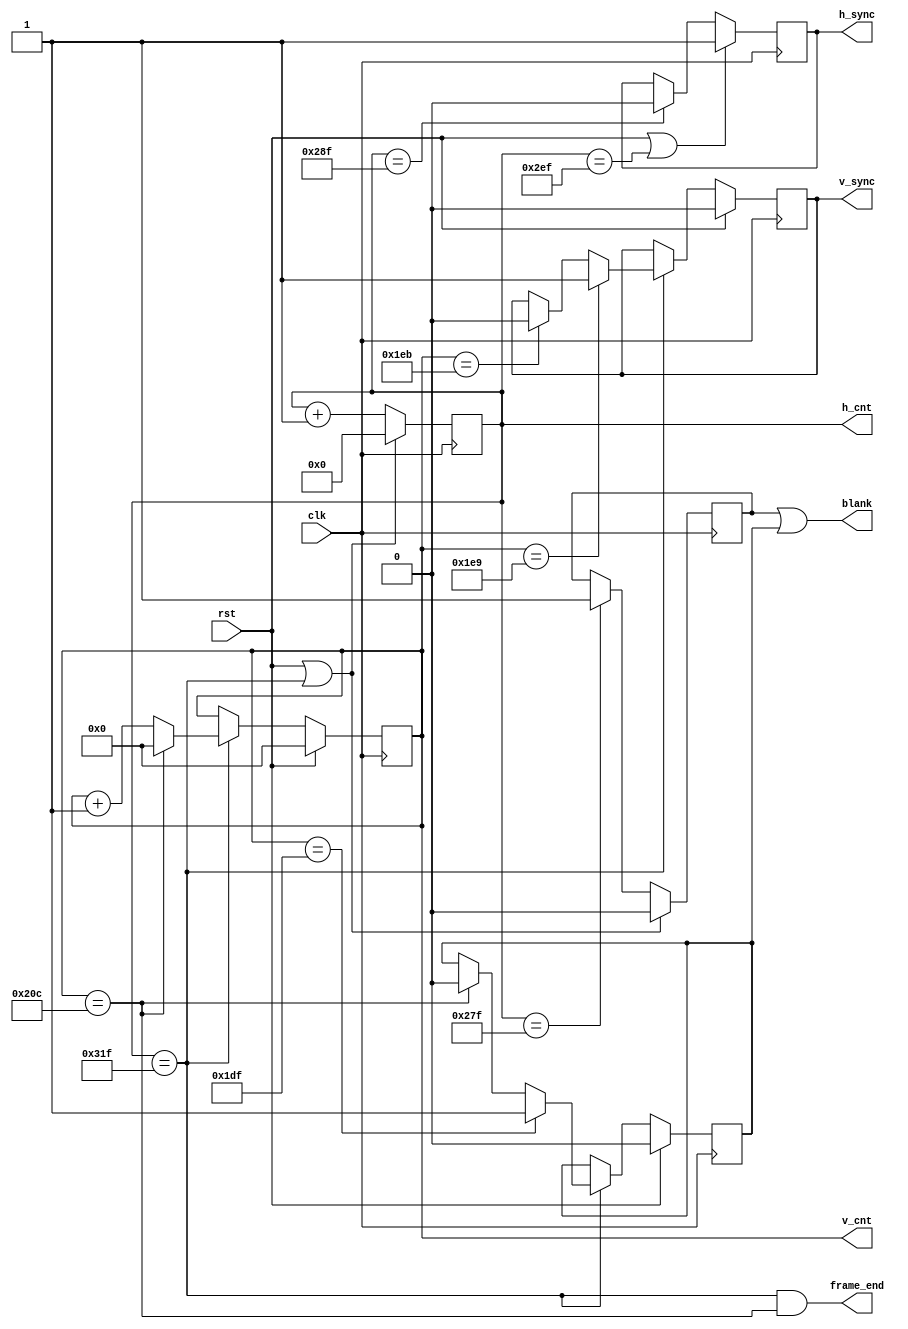
`timescale 1ns / 1ps
`default_nettype none

//******************************************************************************
//* 640 x 480 @ 60 Hz VGA idzts genertor.                                 *
//******************************************************************************
module vga_timing#(
    parameter H_VISIBLE = 640,
    parameter H_FRONT_PORCH = 16,
    parameter H_SYNC_PULSE = 96,
    parameter H_BACK_PORCH = 48,

    parameter V_VISIBLE = 480,
    parameter V_FRONT_PORCH = 10,
    parameter V_SYNC_PULSE = 2,
    parameter V_BACK_PORCH = 33
)
(
   //rajel s reset.
   input  wire        clk,             //Pixel rajel bemenet.
   input  wire        rst,             //Reset bemenet.
   
   //Az aktulis pixel pozci.
   output reg  [10:0] h_cnt = 11'd0,   //X-koordinta.
   output reg  [9:0]  v_cnt = 10'd0,   //Y-koordinta.
   
   //Szinkron s kiolt jelek.
   output reg         h_sync = 1'b1,   //Horizontlis szinkron pulzus.
   output reg         v_sync = 1'b0,   //Vertiklis szinkron pulzus.
   output wire         frame_end,
   output wire        blank            //Kiolt jel.
);

//******************************************************************************
//* Idztsi paramterek.                                                     *
//******************************************************************************
localparam H_BLANK_BEGIN = H_VISIBLE     - 1;
localparam H_SYNC_BEGIN  = H_BLANK_BEGIN + H_FRONT_PORCH;
localparam H_SYNC_END    = H_SYNC_BEGIN  + H_SYNC_PULSE;
localparam H_BLANK_END   = H_SYNC_END    + H_BACK_PORCH;

localparam V_BLANK_BEGIN = V_VISIBLE     - 1;
localparam V_SYNC_BEGIN  = V_BLANK_BEGIN + V_FRONT_PORCH;
localparam V_SYNC_END    = V_SYNC_BEGIN  + V_SYNC_PULSE;
localparam V_BLANK_END   = V_SYNC_END    + V_BACK_PORCH;


//******************************************************************************
//* A horizontlis s vertiklis szmllk.                                    *
//******************************************************************************
always @(posedge clk)
begin
   if (rst || (h_cnt == H_BLANK_END))
      h_cnt <= 12'd0;
   else
      h_cnt <= h_cnt + 12'd1;
end

always @(posedge clk)
begin
   if (rst)
      v_cnt <= 11'd0;
   else
      if (h_cnt == H_BLANK_END)
         if (v_cnt == V_BLANK_END)
            v_cnt <= 11'd0;
         else
            v_cnt <= v_cnt + 11'd1;
end


//******************************************************************************
//* A szinkron pulzusok generlsa.                                            *
//******************************************************************************
always @(posedge clk)
begin
   if (rst || (h_cnt == H_SYNC_END))
      h_sync <= 1'b1;
   else
      if (h_cnt == H_SYNC_BEGIN)
         h_sync <= 1'b0;
end

always @(posedge clk)
begin
   if (rst)
      v_sync <= 1'b0;
   else
      if (h_cnt == H_BLANK_END)
         if (v_cnt == V_SYNC_BEGIN)
            v_sync <= 1'b1;
         else
            if (v_cnt == V_SYNC_END)
               v_sync <= 1'b0;
end


//******************************************************************************
//* A kiolt jel ellltsa.                                                  *
//******************************************************************************
reg h_blank = 1'b0;
reg v_blank = 1'b0;

always @(posedge clk)
begin
   if (rst || (h_cnt == H_BLANK_END))
      h_blank <= 1'b0;
   else
      if (h_cnt == H_BLANK_BEGIN)
         h_blank <= 1'b1;
end

always @(posedge clk)
begin
   if (rst)
      v_blank <= 1'b0;
   else
       if (h_cnt == H_BLANK_END) begin
            if (v_cnt == V_BLANK_BEGIN)
                v_blank <= 1'b1;
            else
                if (v_cnt == V_BLANK_END)
                    v_blank <= 1'b0;
       end
end

assign frame_end = ((h_cnt == H_BLANK_END) & (v_cnt == V_BLANK_END));
assign blank = h_blank | v_blank;

endmodule 

`default_nettype wire